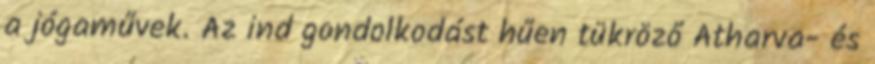
a jógaművek. Az ind gondolkodást hűen tükröző Atharva- és